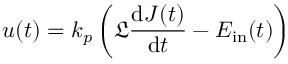
u ( t ) = k _ { p } \left( \mathfrak { L } \frac { \mathrm { d } J ( t ) } { \mathrm { d } t } - E _ { \mathrm { i n } } ( t ) \right)